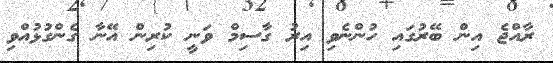
ރާއްޖެ އިން ބޭރުގައި ހުންނެވި އިރު ގާސިމް ވަނީ ކުރިން އޭނާ ގެންގުޅުއްވި